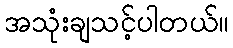
အသုံးချသင့်ပါတယ်။